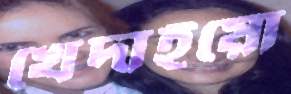
খেদাইয়ো